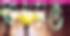
কিশমত